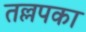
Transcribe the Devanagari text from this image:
तल्लपका